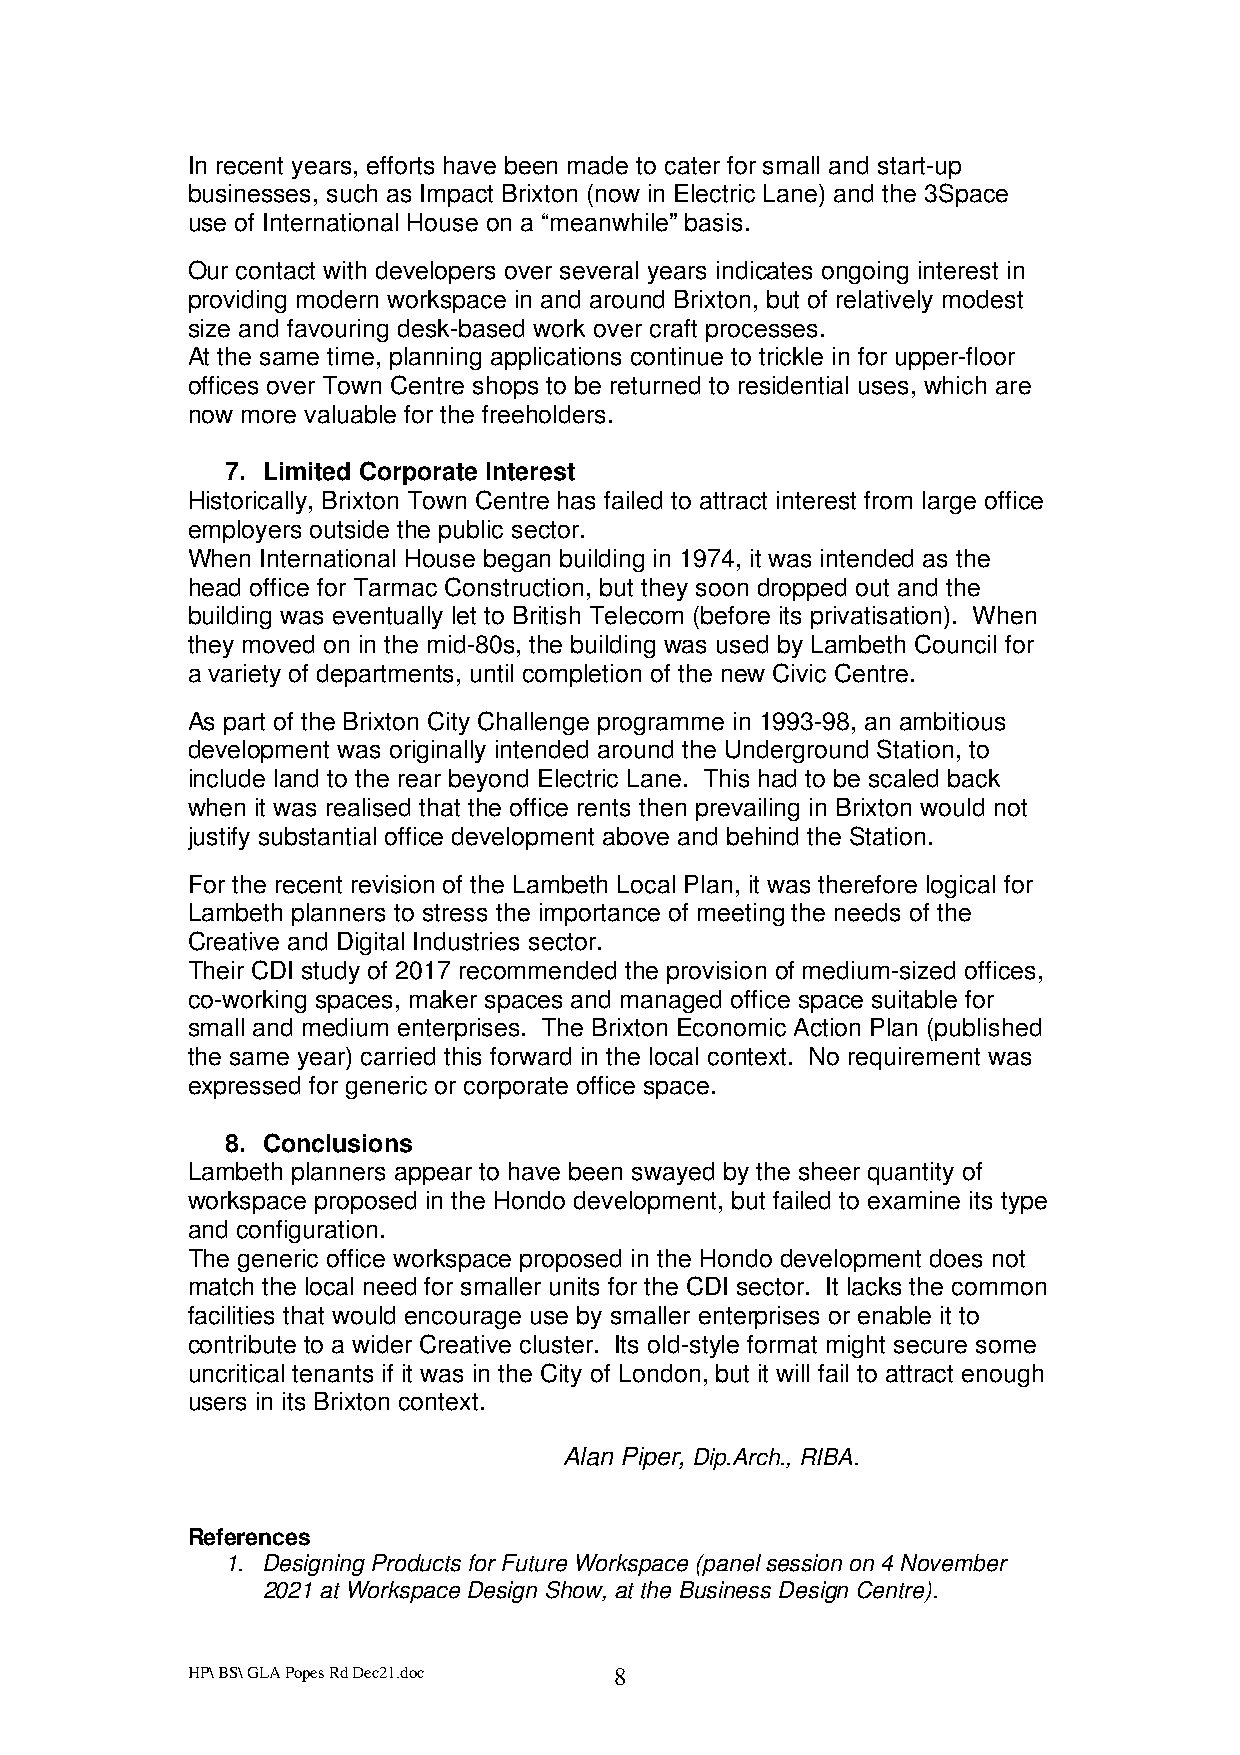
In recent years, efforts have been made to cater for small and start-up
 businesses, such as Impact Brixton (now in Electric Lane) and the 3Space
 use of International House on a “meanwhile” basis.
 Our contact with developers over several years indicates ongoing interest in
 providing modern workspace in and around Brixton, but of relatively modest
 size and favouring desk-based work over craft processes.
 At the same time, planning applications continue to trickle in for upper-floor
 offices over Town Centre shops to be returned to residential uses, which are
 now more valuable for the freeholders.
 7. Limited Corporate Interest
 Historically, Brixton Town Centre has failed to attract interest from large office
 employers outside the public sector.
 When International House began building in 1974, it was intended as the
 head office for Tarmac Construction, but they soon dropped out and the
 building was eventually let to British Telecom (before its privatisation). When
 they moved on in the mid-80s, the building was used by Lambeth Council for
 a variety of departments, until completion of the new Civic Centre.
 As part of the Brixton City Challenge programme in 1993-98, an ambitious
 development was originally intended around the Underground Station, to
 include land to the rear beyond Electric Lane. This had to be scaled back
 when it was realised that the office rents then prevailing in Brixton would not
 justify substantial office development above and behind the Station.
 For the recent revision of the Lambeth Local Plan, it was therefore logical for
 Lambeth planners to stress the importance of meeting the needs of the
 Creative and Digital Industries sector.
 Their CDI study of 2017 recommended the provision of medium-sized offices,
 co-working spaces, maker spaces and managed office space suitable for
 small and medium enterprises. The Brixton Economic Action Plan (published
 the same year) carried this forward in the local context. No requirement was
 expressed for generic or corporate office space.
 8. Conclusions
 Lambeth planners appear to have been swayed by the sheer quantity of
 workspace proposed in the Hondo development, but failed to examine its type
 and configuration.
 The generic office workspace proposed in the Hondo development does not
 match the local need for smaller units for the CDI sector. It lacks the common
 facilities that would encourage use by smaller enterprises or enable it to
 contribute to a wider Creative cluster. Its old-style format might secure some
 uncritical tenants if it was in the City of London, but it will fail to attract enough
 users in its Brixton context.
 Alan Piper, Dip.Arch., RIBA.
 References
 1. Designing Products for Future Workspace (panel session on 4 November
 2021 at Workspace Design Show, at the Business Design Centre).
 HP\ BS\ GLA Popes Rd Dec21.doc 8